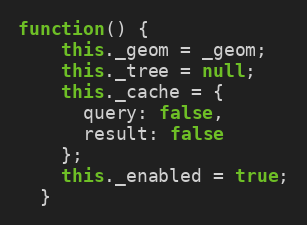
Language: JavaScript
function() {
    this._geom = _geom;
    this._tree = null;
    this._cache = {
      query: false,
      result: false
    };
    this._enabled = true;
  }